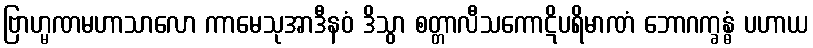
ဗြာဟ္မဏမဟာသာလော ကာမေသုအာဒီနဝံ ဒိသွာ စတ္တာလီသကောဋိပရိမာဏံ ဘောဂက္ခန္ဓံ ပဟာယ